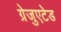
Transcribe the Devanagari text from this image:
ग्रेजुएटेड